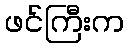
ဖင်ကြီးက